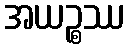
အယဉ္စဿ